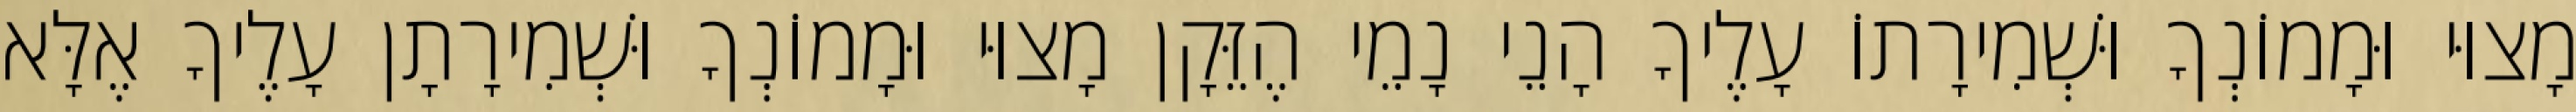
מָצוּי וּמָמוֹנְךָ וּשְׁמִירָתוֹ עָלֶיךָ הָנֵי נָמֵי הֶזֵּקָן מָצוּי וּמָמוֹנְךָ וּשְׁמִירָתָן עָלֶיךָ אֶלָּא